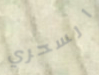
السحري